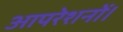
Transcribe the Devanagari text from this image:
आपरेशनों।